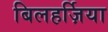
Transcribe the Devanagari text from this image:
बिलहर्ज़िया